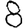
Digit: 8